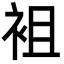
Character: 袓